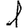
Digit: 1